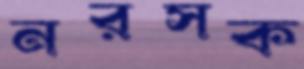
নরসক